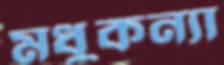
মধুকন্যা